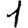
Digit: 1